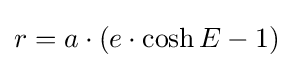
r=a\cdot (e\cdot \cosh E-1)